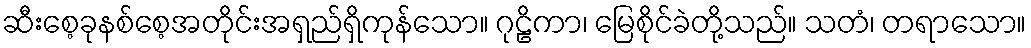
ဆီးစေ့ခုနစ်စေ့အတိုင်းအရှည်ရှိကုန်သော။ ဂုဠိကာ၊ မြေစိုင်ခဲတို့သည်။ သတံ၊ တရာသော။